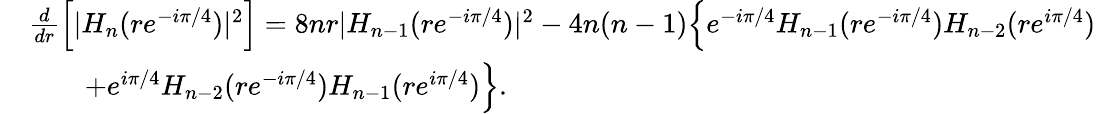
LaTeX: \begin{array}{rl}&{\frac d{dr}\Big[|H_{n}(re^{-i\pi/4})|^{2}\Big]=8nr|H_{n-1}(re^{-i\pi/4})|^{2}-4n(n-1)\Big\{ e^{-i\pi/4}H_{n-1}(re^{-i\pi/4})H_{n-2}(re^{i\pi/4})}\\ &{\qquad+e^{i\pi/4}H_{n-2}(re^{-i\pi/4})H_{n-1}(re^{i\pi/4})\Big\} .}\end{array}